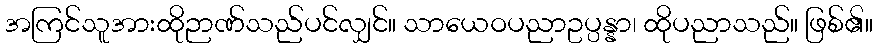
အကြင်သူအားထိုဉာဏ်သည်ပင်လျှင်။ သာယေဝပညာဥပ္ပန္နာ၊ ထိုပညာသည်။ ဖြစ်၏။